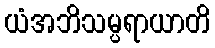
ယံအဘိသမ္ပရာယာတိ